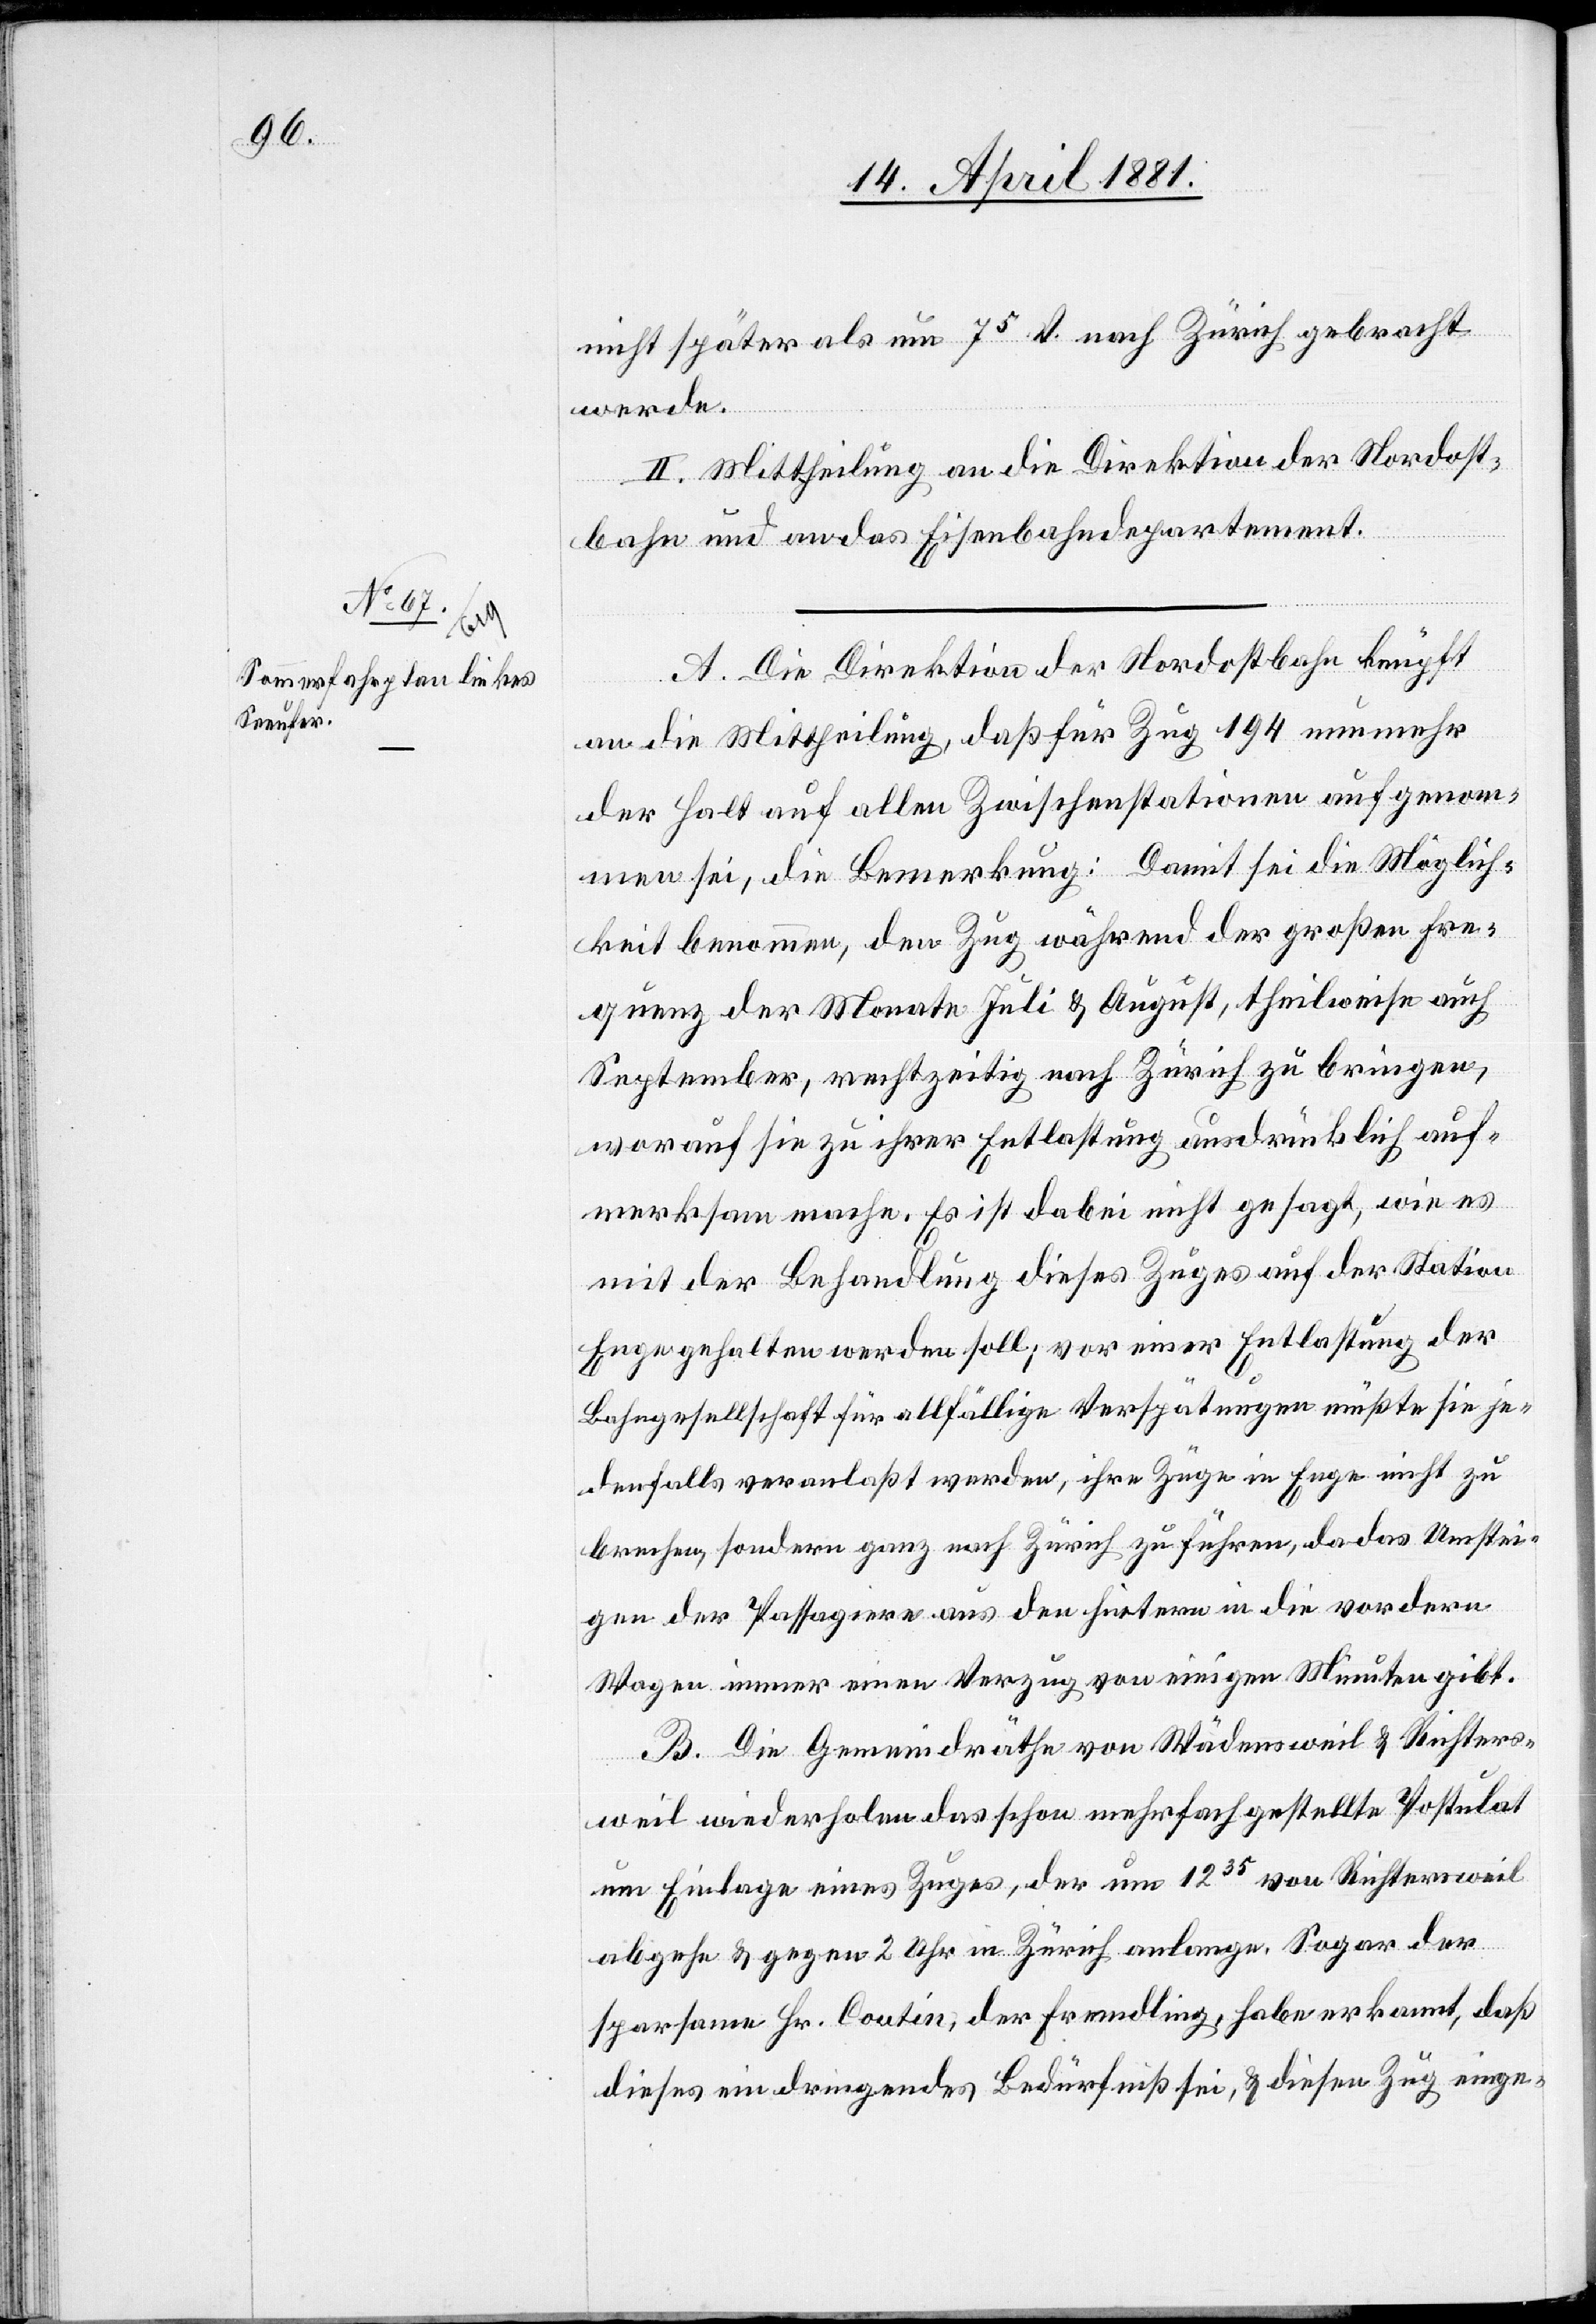
nicht später als um 75 V. nach Zürich gebracht
werde.
II. Mittheilung an die Direktion der Nordost¬
bahn und an das Eisenbahndepartement.
A. Die Direktion der Nordostbahn knüpft
an die Mittheilung, daß für Zug 194 nunmehr
der Halt auf allen Zwischenstationen aufgenom¬
men sei, die Bemerkung: Damit sei die Möglich¬
keit benommen, den Zug während der großen Fre¬
quenz der Monate Juli & August, theilweise auch
September, rechtzeitig nach Zürich zu bringen,
worauf sie zu ihrer Entlastung ausdrücklich auf¬
merksam mache. Es ist dabei nicht gesagt, wie es
mit der Behandlung dieses Zuges auf der Station
Enge gehalten werden soll; vor einer Entlastung der
Bahngesellschaft für allfällige Verspätungen müßte sie je¬
denfalls veranlaßt werden, ihre Züge in Enge nicht zu
brechen, sondern ganz nach Zürich zu führen, da das Umstei¬
gen der Passagiere aus den hintern in die vorderen
Wagen immer einen Verzug von einigen Minuten gibt.
B. Die Gemeindräthe von Wädensweil & Richters¬
weil wiederholen das schon mehrfach gestellte Postulat
um Einlage eines Zuges, der um 1235 von Richtersweil
abgehe & gegen 2 Uhr in Zürich anlange. Sogar der
sparsame Hr. Coutin, der Fremdling, habe erkannt, daß
dieses ein dringendes Bedürfniß sei, & diesen Zug einge-